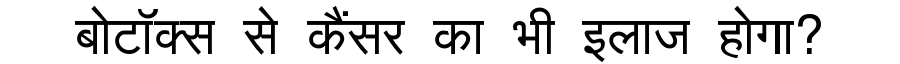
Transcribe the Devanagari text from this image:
बोटॉक्स से कैंसर का भी इलाज होगा?